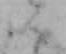
ん